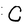
Character: C